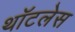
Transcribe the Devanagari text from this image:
थॉटलेस